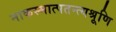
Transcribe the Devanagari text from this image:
नाकस्मात्पतन्त्यश्रूणि